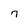
Character: 7